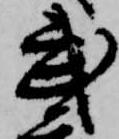
武